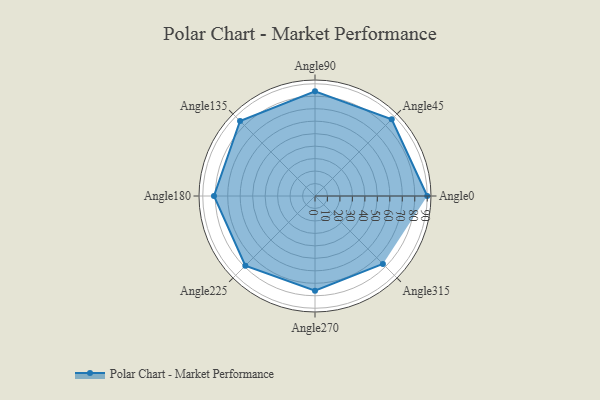
{"axis": {"x": "Angle", "y": "Radius"}, "legend": [""], "data": [{"x": "Angle0", "y": 90.0, "type": ""}, {"x": "Angle45", "y": 87.0, "type": ""}, {"x": "Angle90", "y": 84.0, "type": ""}, {"x": "Angle135", "y": 85.0, "type": ""}, {"x": "Angle180", "y": 81.0, "type": ""}, {"x": "Angle225", "y": 79.0, "type": ""}, {"x": "Angle270", "y": 76.0, "type": ""}, {"x": "Angle315", "y": 77.0, "type": ""}]}